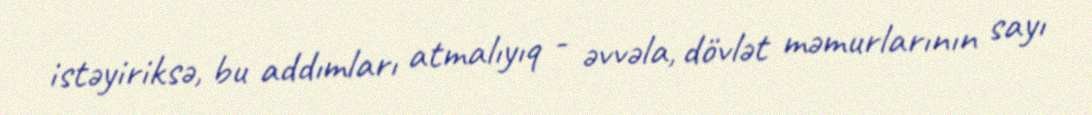
istəyiriksə, bu addımları atmalıyıq - əvvəla, dövlət məmurlarının sayı